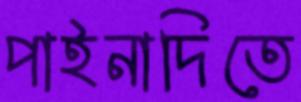
পাইনাদিতে